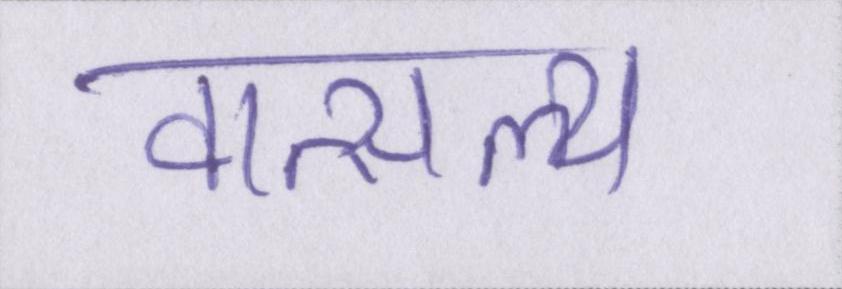
वात्सल्य